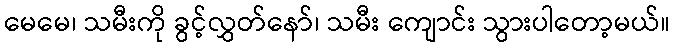
မေမေ၊ သမီးကို ခွင့်လွှတ်နော်၊ သမီး ကျောင်း သွားပါတော့မယ်။